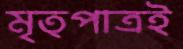
মৃত্পাত্রই